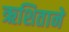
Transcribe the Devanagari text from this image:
ऋशिताने